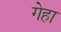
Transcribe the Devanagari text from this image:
गेहा